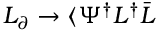
{ \cal L } _ { \partial } \rightarrow \langle \Psi ^ { \dagger } L ^ { \dagger } \bar { L }